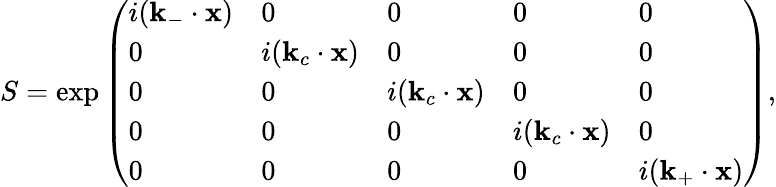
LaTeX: S=\exp{\left(\begin{array}{lllll}{i(\mathbf{k}_{-}\cdot\mathbf{x})}&{0}&{0}&{0}&{0}\\ {0}&{i(\mathbf{k}_{c}\cdot\mathbf{x})}&{0}&{0}&{0}\\ {0}&{0}&{i(\mathbf{k}_{c}\cdot\mathbf{x})}&{0}&{0}\\ {0}&{0}&{0}&{i(\mathbf{k}_{c}\cdot\mathbf{x})}&{0}\\ {0}&{0}&{0}&{0}&{i(\mathbf{k}_{+}\cdot\mathbf{x})}\end{array}\right)},